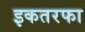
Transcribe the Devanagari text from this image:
इकतरफा